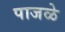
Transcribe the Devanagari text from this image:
पाजळे